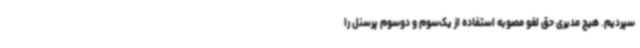
سپردیم. هیچ مدیری حق لغو مصوبه استفاده از یک‌سوم و دوسوم پرسنل را